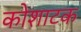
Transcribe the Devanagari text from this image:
कोशाटक